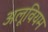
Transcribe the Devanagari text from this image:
अलूवियम